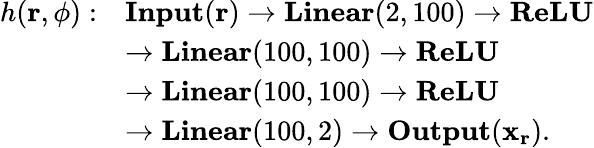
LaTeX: \begin{array}{rl}{h(\mathbf{r},\phi):}&{\textbf{Input}(\mathbf{r})\to\textbf{Linear}(2,100)\to\textbf{ReLU}}\\ &{\to\textbf{Linear}(100,100)\to\textbf{ReLU}}\\ &{\to\textbf{Linear}(100,100)\to\textbf{ReLU}}\\ &{\to\textbf{Linear}(100,2)\to\textbf{Output}(\mathbf{x}_{\mathbf{r}}).}\end{array}